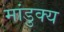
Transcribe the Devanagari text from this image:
मांडुक्य